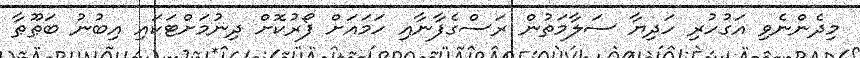
މިދެންނެވި އަގުހުރި ހަދިޔާ ސަލާމަތުން ރަސްގެފާނާއި ހަމައަށް ފޯރުކޮށް ދިނުމަށްޓަކައި އިބުނު ބަޠޫޠާ